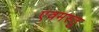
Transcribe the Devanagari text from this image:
एवमस्तु